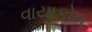
વાયાકોમ